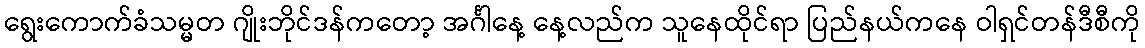
ရွေးကောက်ခံသမ္မတ ဂျိုးဘိုင်ဒန်ကတော့ အင်္ဂါနေ့ နေ့လည်က သူနေထိုင်ရာ ပြည်နယ်ကနေ ဝါရှင်တန်ဒီစီကို